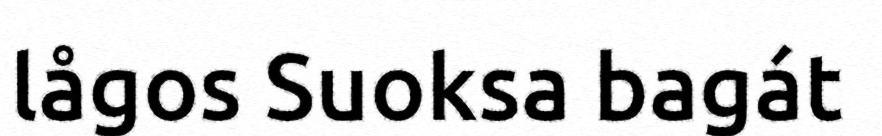
lågos Suoksa bagát